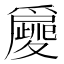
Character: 𤔿